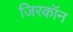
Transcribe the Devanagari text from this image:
जि़रकॉन